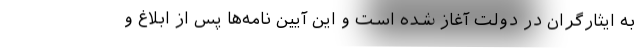
به ایثارگران در دولت آغاز شده است و این آیین نامه‌ها پس از ابلاغ و